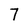
Character: 7